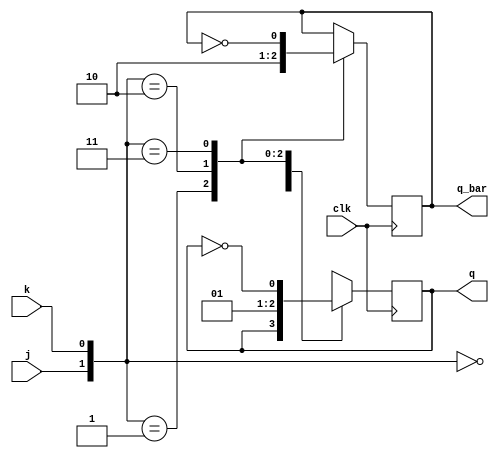
`timescale 1ns / 1ps
//////////////////////////////////////////////////////////////////////////////////
// Company: 
// Engineer: 
// 
// Design Name: 
// Module Name: JK
// Project Name: 
// Target Devices: 
// Tool Versions: 
// Description: 
// 
// Dependencies: 
// 
// Revision:
// Revision 0.01 - File Created
// Additional Comments:
// 
//////////////////////////////////////////////////////////////////////////////////


module JK
    ( q_bar,
      q,
      clk,
      j,
      k
    );
         
    input  j;
    input  k;
    input  clk;
    output q;
    output q_bar;   
    
    reg q;
    reg q_bar;
    
    always @( posedge clk )
    begin
      case ( {j,k} )
        2'b00 : q <= q;
        2'b01 : begin 
                  q     <= 1'b0; 
                  q_bar <= 1'b1;
                end 
        2'b10 : begin 
                  q     <= 1'b1;
                  q_bar <= 1'b0;
                end
        2'b11 : begin
                   q     <= ~q;
                   q_bar <= ~q_bar;
                end      
      endcase
    end             
    
endmodule